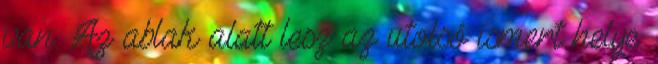
van. Az ablak alatt lesz az utolsó ismert helye.